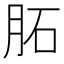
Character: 𦚈